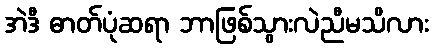
အဲဒီ ဓာတ်ပုံဆရာ ဘာဖြစ်သွားလဲညီမသိလား